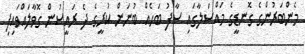
މެންބަރުންގެ ގޮނޑީގެ މައްސަލާގައި ސާފު ބަހެއް ބުނަން ކުރީގެ ދެ ރައީސުން ގޮވާލައްވައިފި